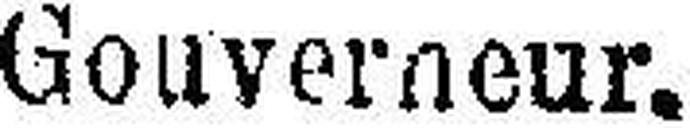
Gouverneur.